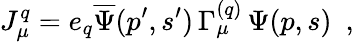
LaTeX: J_{\mu}^{q}=e_{q}{\overline{{\Psi}}}(p^{\prime},s^{\prime})\, \Gamma_{\mu}^{(q)}\, \Psi(p,s)\ \ ,